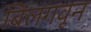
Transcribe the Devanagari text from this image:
बिलगवून